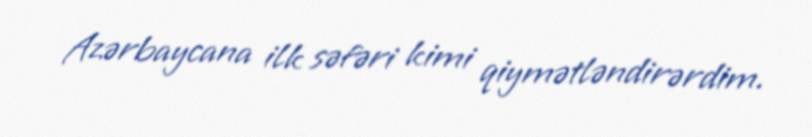
Azərbaycana ilk səfəri kimi qiymətləndirərdim.